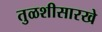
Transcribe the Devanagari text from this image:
तुळशीसारखे